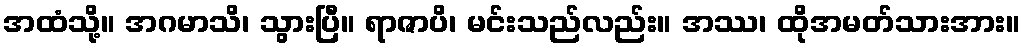
အထံသို့။ အဂမာသိ၊ သွားပြီ။ ရာဇာပိ၊ မင်းသည်လည်း။ အဿ၊ ထိုအမတ်သားအား။